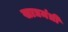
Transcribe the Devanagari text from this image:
खाद्यमंत्री